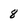
Character: 8